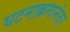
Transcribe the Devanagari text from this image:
घटनाक्रमानंतर